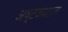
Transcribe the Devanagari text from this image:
अष्टकपाल